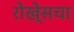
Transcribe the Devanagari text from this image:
रोखे्सचा